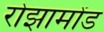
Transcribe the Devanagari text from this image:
रोझामोंड